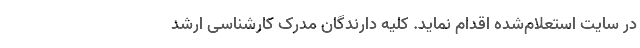
در سایت استعلام‌شده اقدام نماید. کلیه دارندگان مدرک کارشناسی ارشد